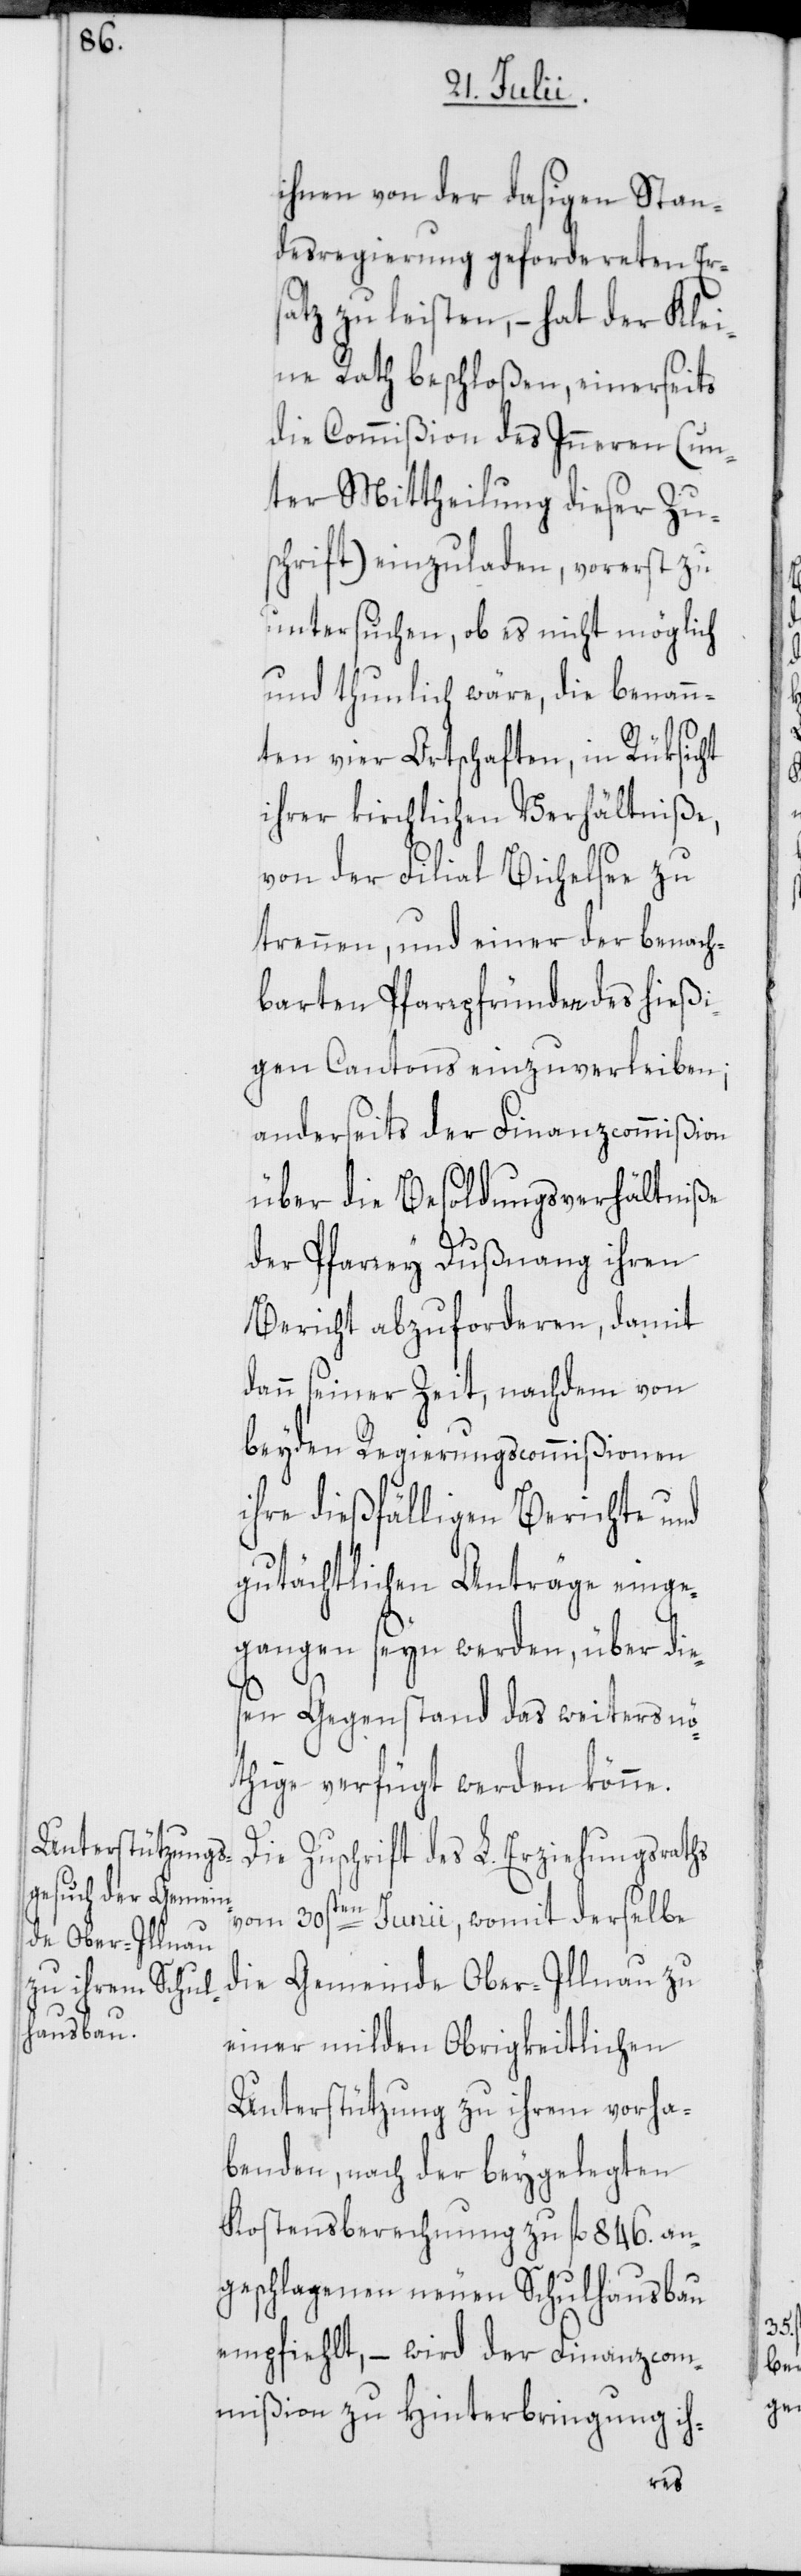
ihnen von der dasigen Stan¬
desregierung gefordereten Ers¬
atz zu leisten, – hat der Klei¬
ne Rath beschloßen, einerseits
die Commißion des Inneren (un¬
ter Mittheilung dieser Zus¬
chrift) einzuladen, vorerst zu
untersuchen, ob es nicht möglich
und thunlich wäre, die benann¬
ten vier Ortschaften, in Rüksicht
ihrer kirchlichen Verhältniße,
von der Filial Bichelsee zu
trennen, und einer der benach¬
barten Pfarrpfründen des hießi¬
gen Cantons einzuverleiben;
anderseits der Finanzcommißion
über die Besoldungsverhältniße
der Pfarrey Dußnang ihren
Bericht abzuforderen, damit
dann seiner Zeit, nachdem von
beyden Regierungscommißionen
ihre dießfälligen Berichte und
gutächtlichen Anträge einge¬
gangen seyn werden, über die¬
sen Gegenstand das weiters nö¬
thige verfügt werden könne.
Die Zuschrift des L. Erziehungsraths
vom 30sten Junii, womit derselbe
die Gemeinde Ober-Illnau zu
einer milden Obrigkeitlichen
Unterstützung zu ihrem vorha¬
benden, nach der beygelegten
Kostensberechnung zu fl. 846. an¬
geschlagenen neuen Schulhausbau
empfiehlt, – wird der Finanzcom¬
mißion zu Hinterbringung ih-